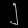
Digit: ၂